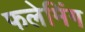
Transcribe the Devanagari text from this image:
फलेमिंग